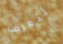
لنعرف